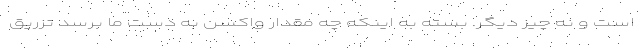
است و نه چیز دیگر. بسته به اینکه چه مقدار واکسن به دست ما برسد تزریق